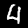
Digit: 4